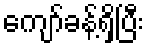
ကျော်ခန့်ရှိပြီး